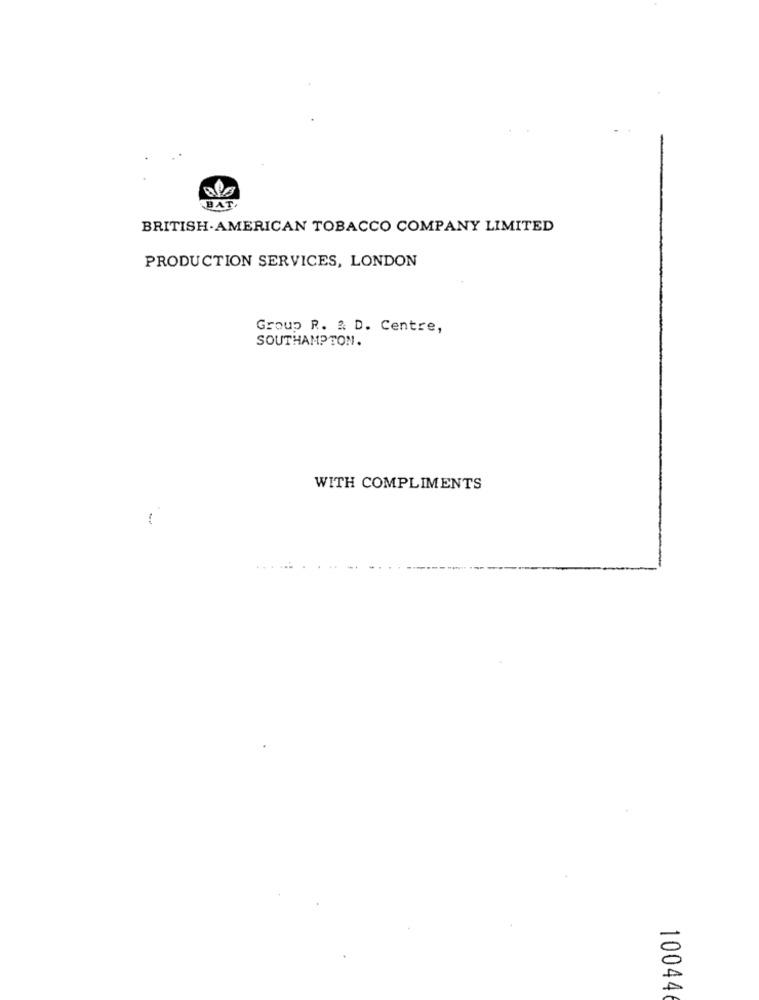
BAT
BRITISH-AMERICAN TOBACCO COMPANY LIMITED
PRODUCTION SERVICES, LONDON
Group R. & D. Centre,
SOUTHAMPTON.
WITH COMPLIMENTS
-
10044